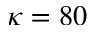
\kappa = 8 0